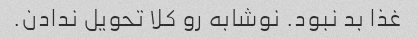
غذا بد نبود. نوشابه رو کلا تحویل ندادن.